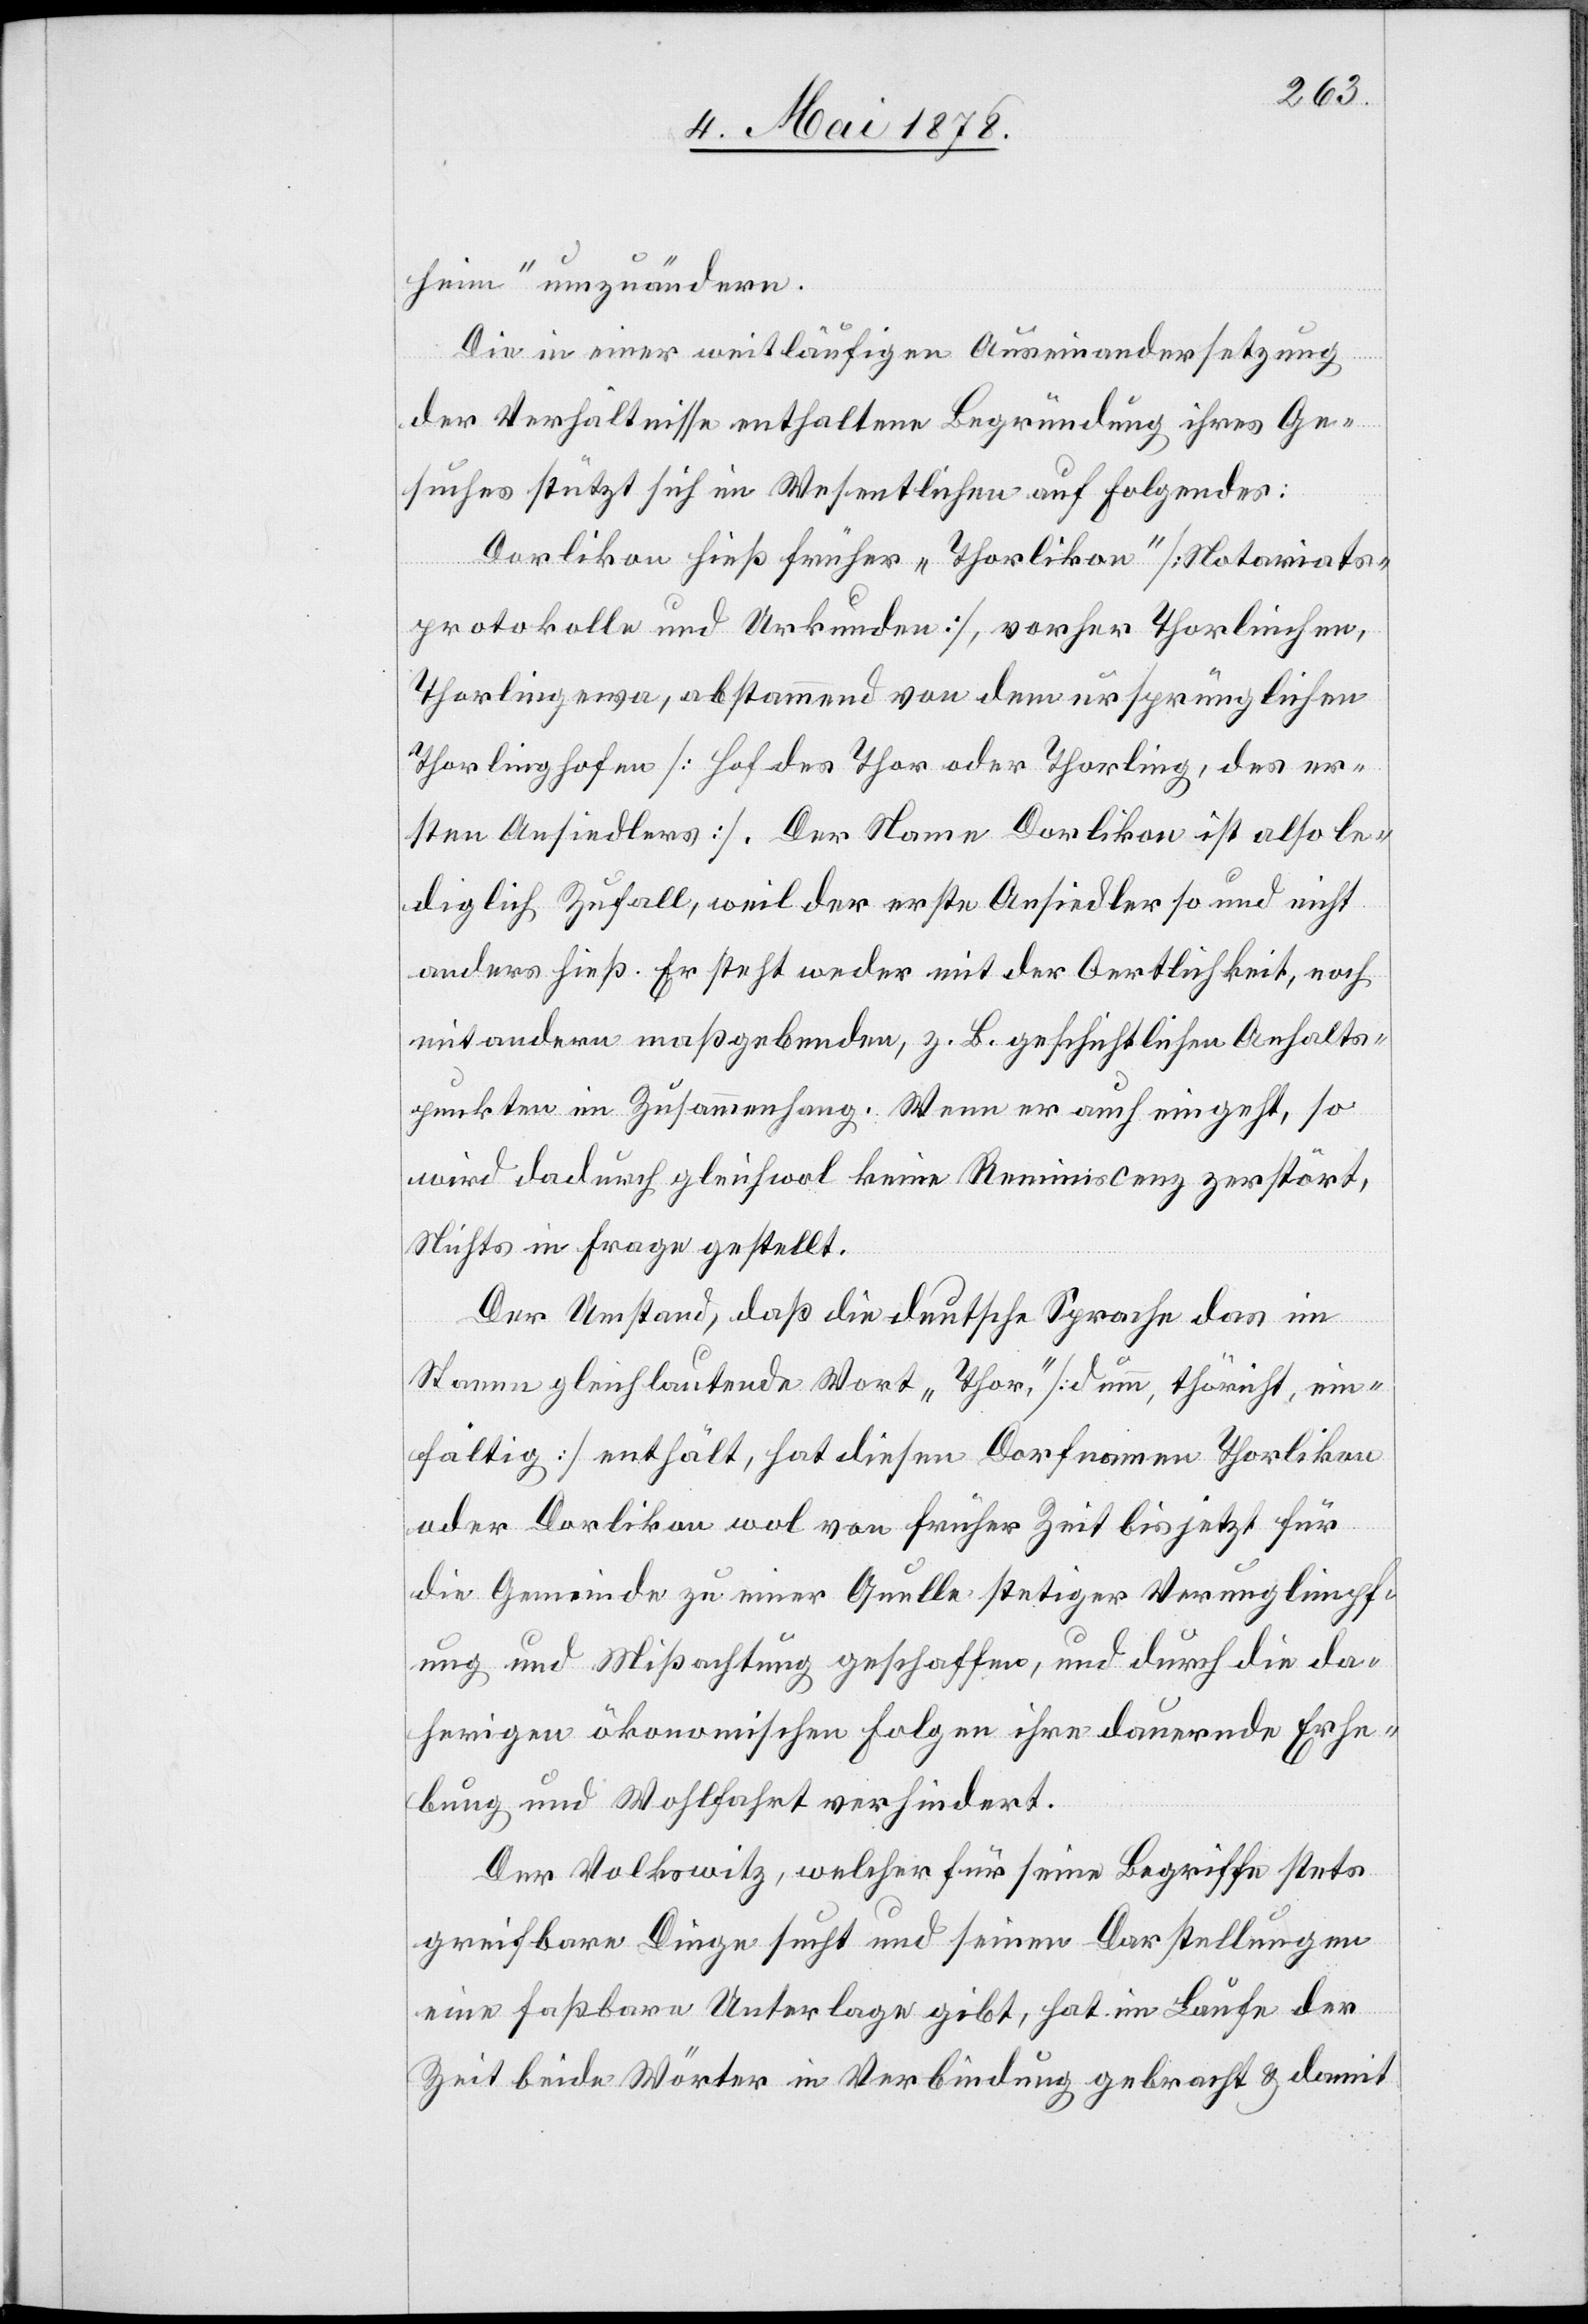
heim“ umzuändern.
Die in einer weitläufigen Auseinandersetzung
der Verhältnisse enthaltene Begründung ihres Ge¬
suches stützt sich im Wesentlichen auf folgendes:
Dorlikon hieß früher „Thorlikon“ [Notariats¬
protokolle und Urkunden], vorher Thorlinchen,
Thorlingewa, abstammend von dem ursprünglichen
Thorlinghofen [Hof des Thor oder Thorling, des er¬
sten Ansiedlers]. Der Name Dorlikon ist also le¬
diglich Zufall, weil der erste Ansiedler so und nicht
anders hieß. Er steht weder mit der Oertlichkeit, noch
mit andern maßgebenden, z. B. geschichtlichen Anhalts¬
punkten im Zusammenhang. Wenn er auch eingeht, so
wird dadurch gleichwol keine Reminiscenz zerstört,
Nichts in Frage gestellt.
Der Umstand, daß die deutsche Sprache das im
Stamme gleichlautende Wort „Thor“, [dumm, thöricht, ein¬
fältig] enthält, hat diesen Dorfnamen Thorlikon
oder Dorlikon wol von früher Zeit bis jetzt für
die Gemeinde zu einer Quelle stetiger Verunglimpf¬
ung und Missachtung geschaffen, und durch die da¬
herigen ökonomischen Folgen ihre dauernde Erhe¬
bung und Wohlfahrt verhindert.
Der Volkswitz, welche für seine Begriffe stets
greifbare Dinge sucht und seinen Darstellungen
eine fassbare Unterlage gibt, hat im Laufe der
Zeit beide Wörter in Verbindung gebracht & damit